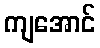
ကျအောင်